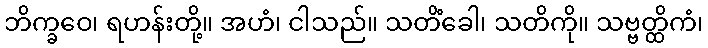
ဘိက္ခဝေ၊ ရဟန်းတို့။ အဟံ၊ ငါသည်။ သတိံခေါ၊ သတိကို။ သဗ္ဗတ္ထိကံ၊